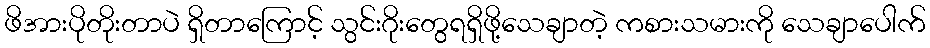
ဖိအားပိုတိုးတာပဲ ရှိတာကြောင့် သွင်းဂိုးတွေရရှိဖို့သေချာတဲ့ ကစားသမားကို သေချာပေါက်